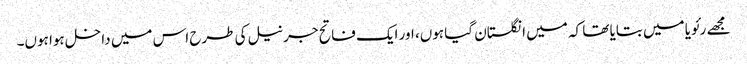
مجھے رئویا میں بتایا تھا کہ میں انگلستان گیا ہوں، اور ایک فاتح جرنیل کی طرح اس میں داخل ہوا ہوں۔